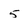
Character: 5